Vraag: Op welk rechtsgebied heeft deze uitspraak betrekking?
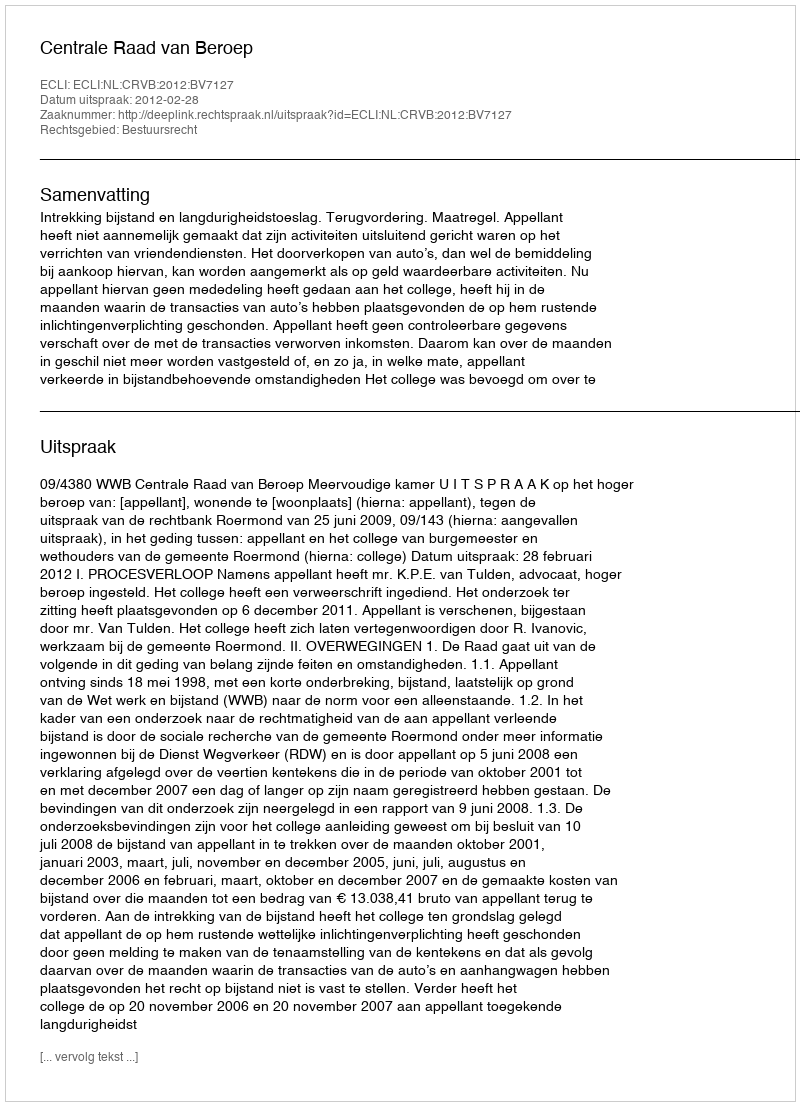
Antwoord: Bestuursrecht